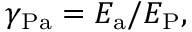
\gamma _ { \mathrm { { P a } } } = E _ { \mathrm { { a } } } / E _ { \mathrm { { P } } } ,